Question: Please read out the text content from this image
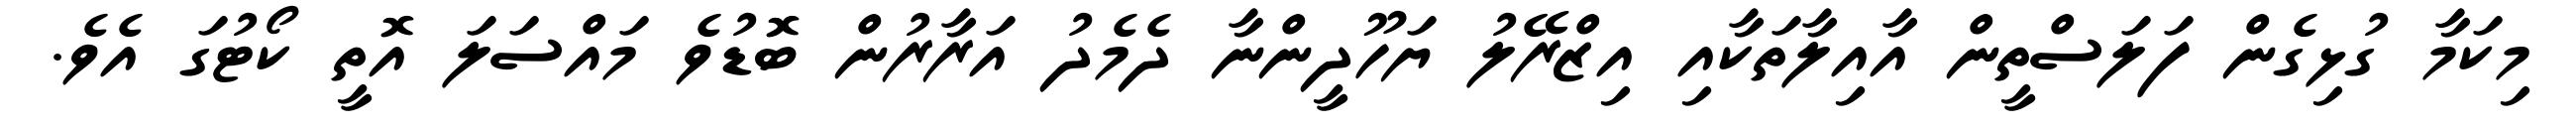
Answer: މިކަމާ ގުޅިގެން ފަލަސްތީން އާއިލާތަކާއި އިޒްރޭލު ޔަހޫދީންނާ ދެމެދު އަރާރުން ބޮޑުވެ މައްސަލަ އޮތީ ކޯޓުގަ އެވެ.